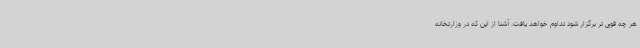
هر چه قوی تر برگزار شود تداوم خواهد یافت. آشنا از این که در وزارتخانه